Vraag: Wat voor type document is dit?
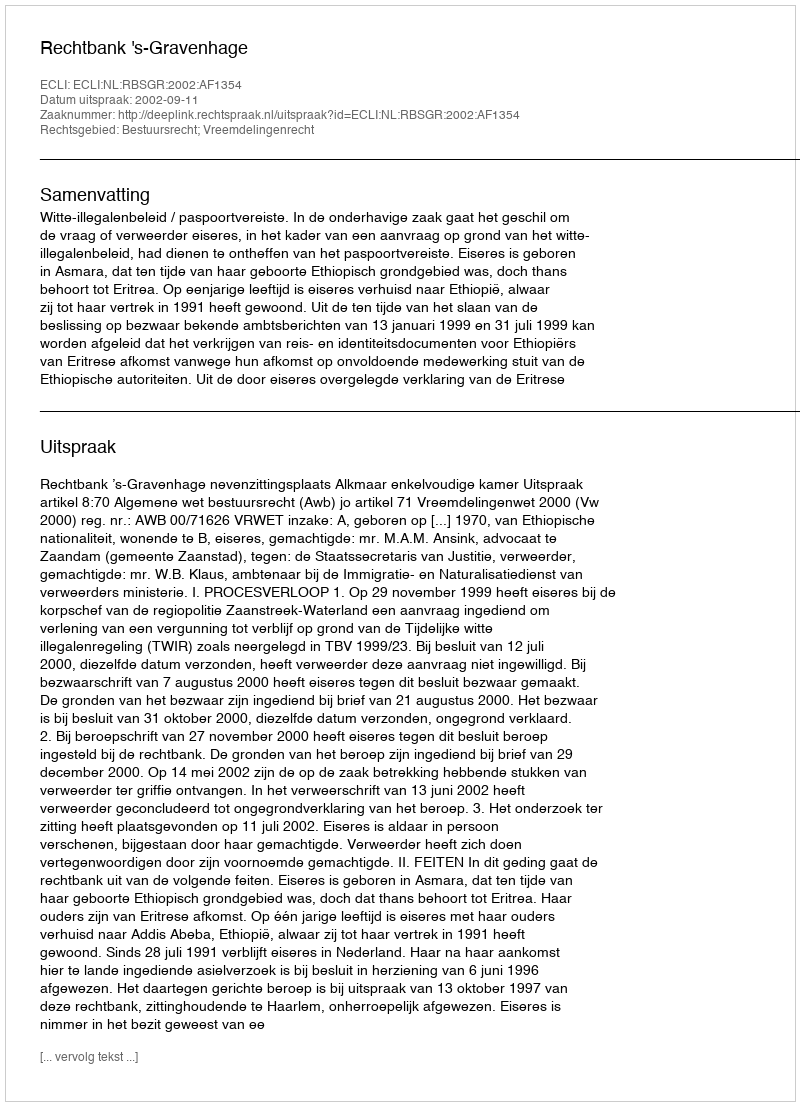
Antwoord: Uitspraak